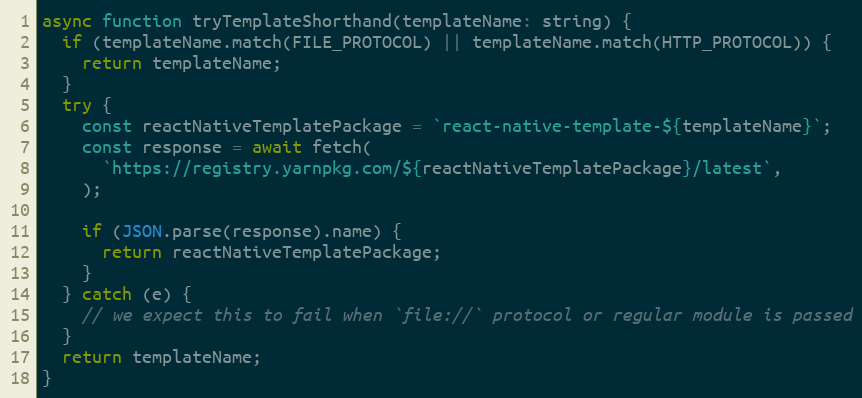
Language: JavaScript
async function tryTemplateShorthand(templateName: string) {
  if (templateName.match(FILE_PROTOCOL) || templateName.match(HTTP_PROTOCOL)) {
    return templateName;
  }
  try {
    const reactNativeTemplatePackage = `react-native-template-${templateName}`;
    const response = await fetch(
      `https://registry.yarnpkg.com/${reactNativeTemplatePackage}/latest`,
    );

    if (JSON.parse(response).name) {
      return reactNativeTemplatePackage;
    }
  } catch (e) {
    // we expect this to fail when `file://` protocol or regular module is passed
  }
  return templateName;
}